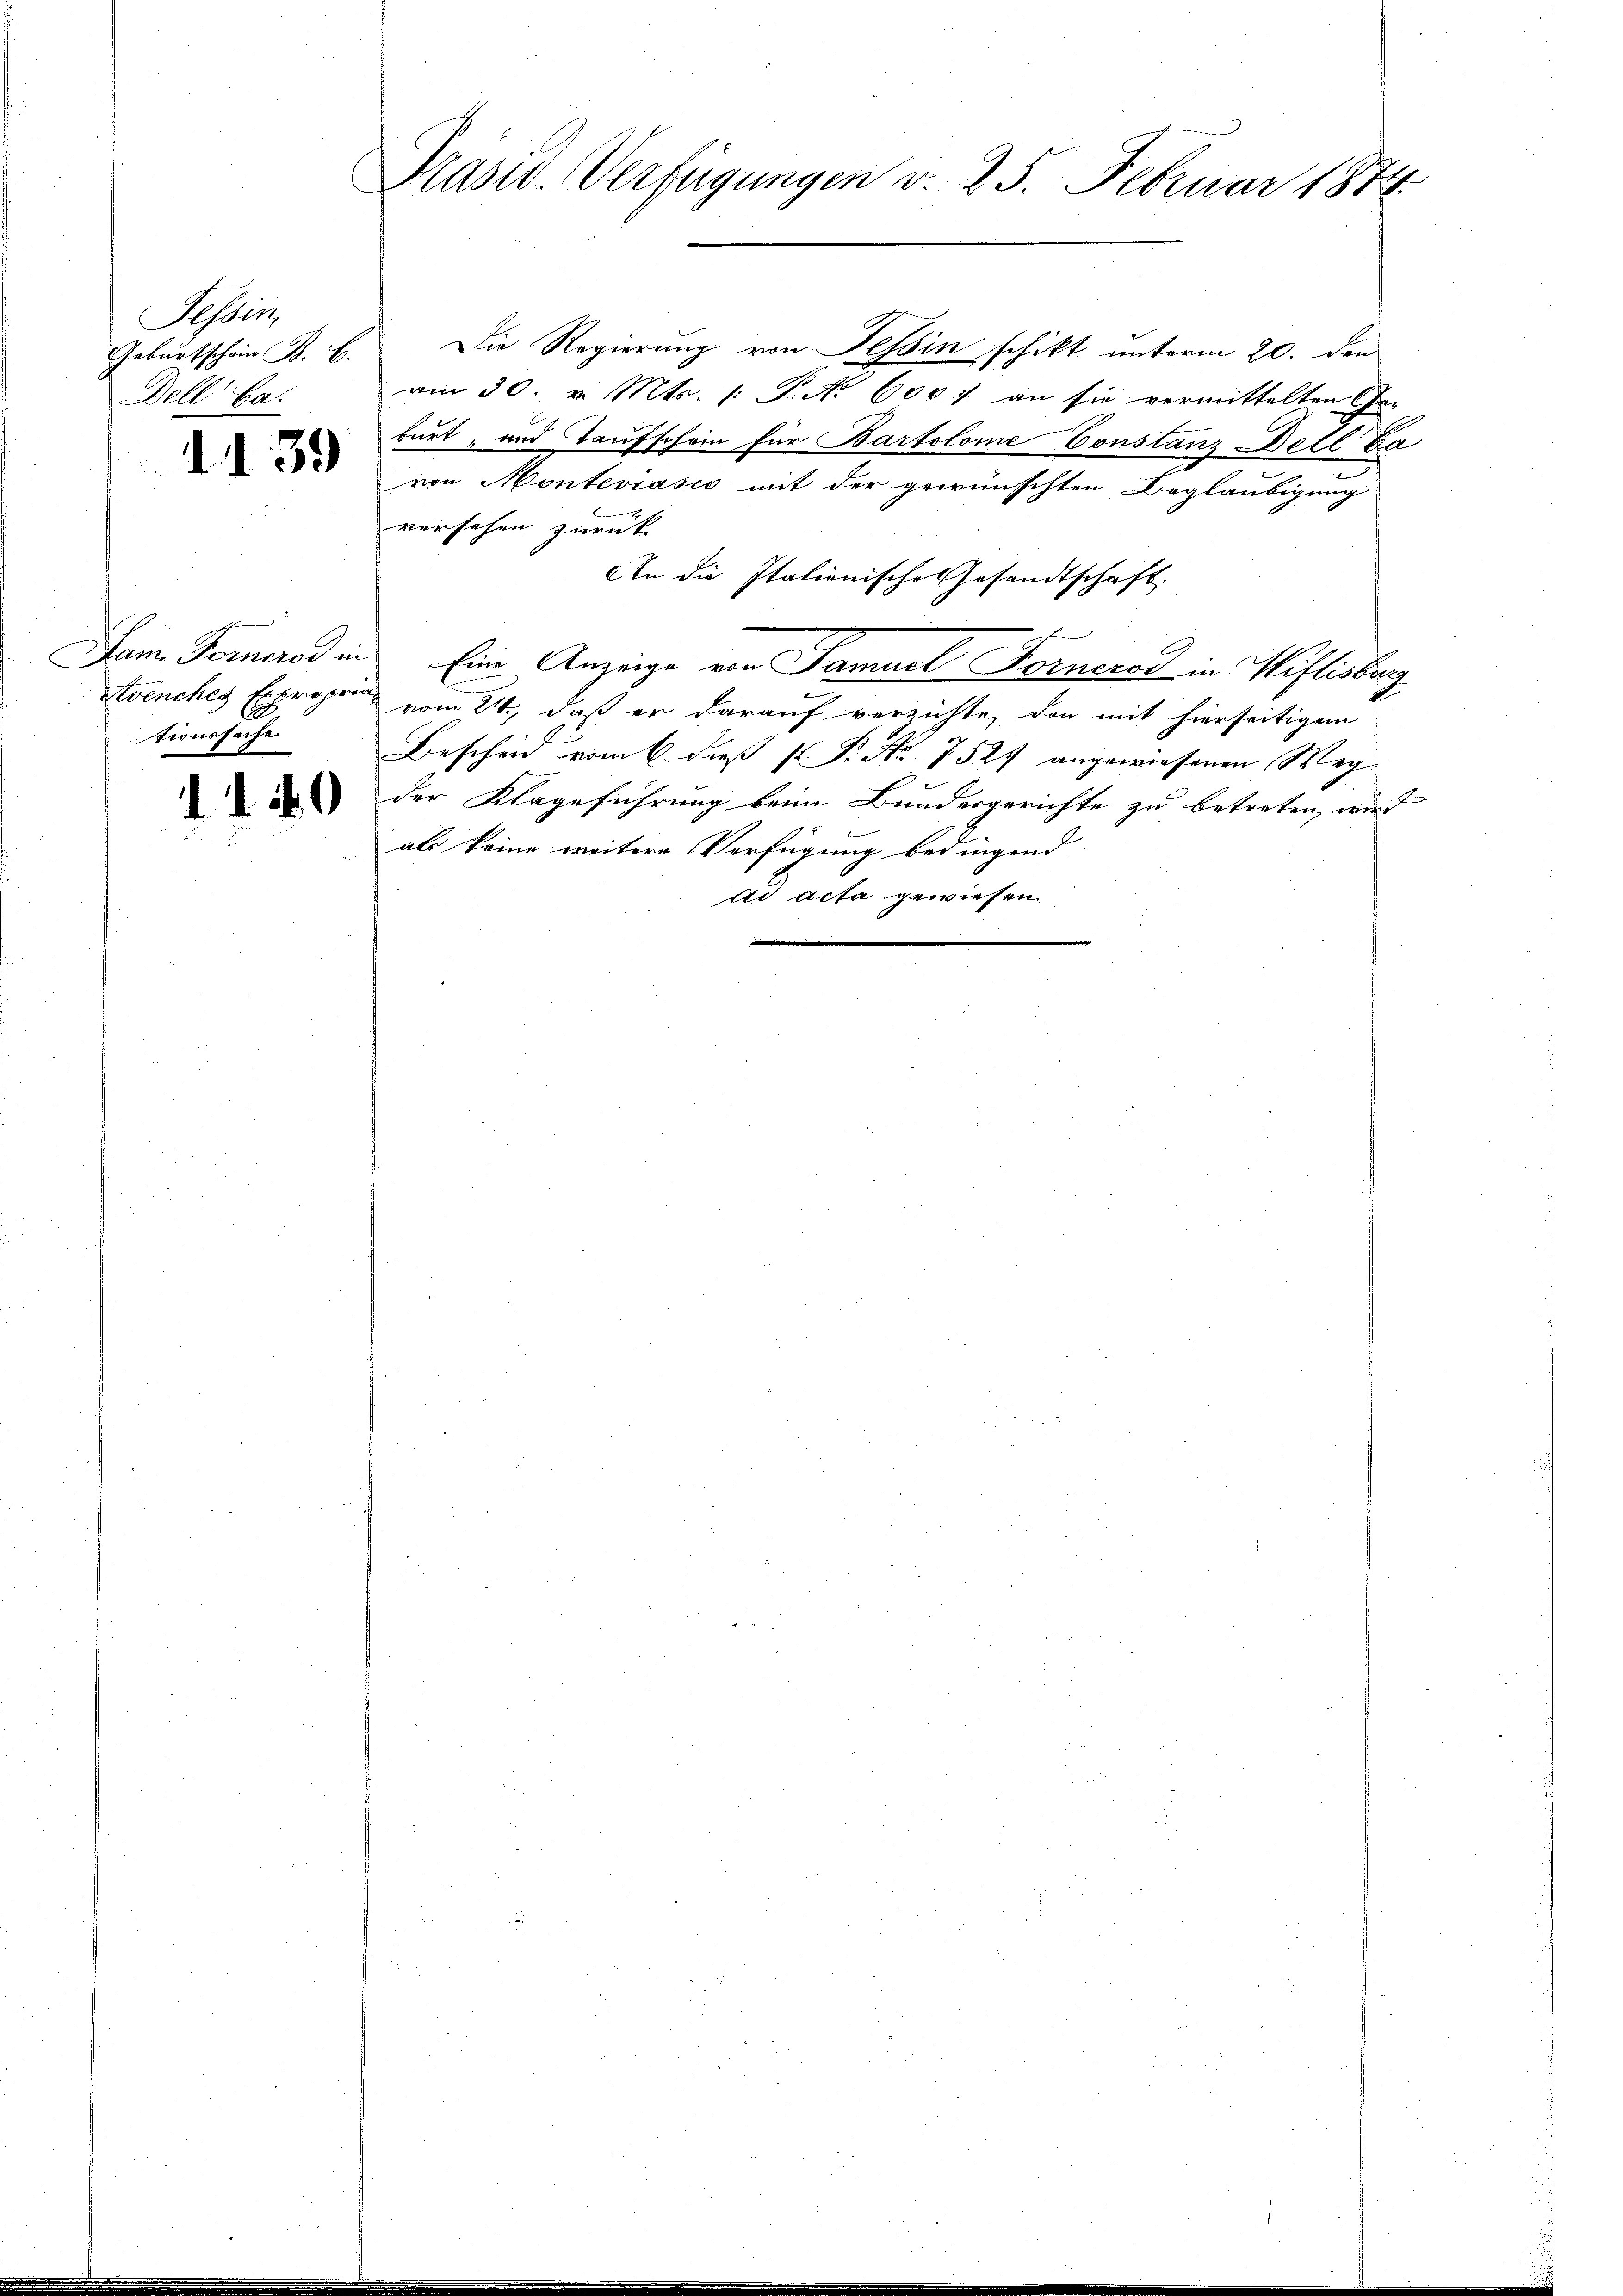
Tessin,
Geburtschein B. b.
Dell Ga.

1139

tionssache.

1140

Präsid. Verfügungen v. 25. Februar 1874.

Die Regierung von Tessin schikt unterm 20. den
am 30. v. Mts. /: P. No 600 f an sie vermittelten Ge-
burt, und Taufschein für Bartolome Constanz Dell Ba
von Monteviasco mit der gewünschten Beglaubigung
versehen zurück- |
An die Italienische Gesandtschaft.
Dam Ferneros in Eine Anzeige von Samuel Fornerer in Willisburg
Avenches Expropen vom 24. daß er darauf verzichte, den mit hierseitigem
Bescheid vom 6. dieß P. Nr. 752 angewiesenen Weg
der Klageführung beim Bundesgerichte zu betreten, wird
als keine weitere Verfügung bedingend
ad acta gewiesen